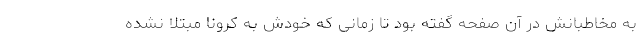
به مخاطبانش در آن صفحه گفته بود تا زمانی که خودش به کرونا مبتلا نشده